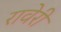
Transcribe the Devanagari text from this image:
रावेरी